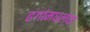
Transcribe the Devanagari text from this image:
ढगांमधल्या